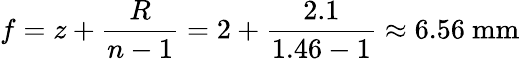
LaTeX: f=z+\frac{R}{n-1}=2+\frac{2.1}{1.46-1}\approx 6.56~\mathrm{mm}